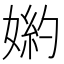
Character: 𡟅